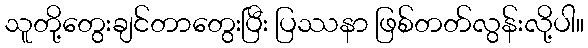
သူတို့တွေးချင်တာတွေးပြီး ပြဿနာ ဖြစ်တတ်လွန်းလို့ပါ။